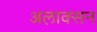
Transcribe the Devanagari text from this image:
अलाक्सन